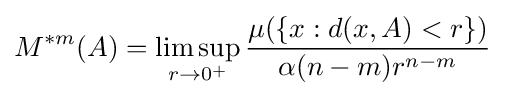
M^{*m}(A)=\limsup _{r\to 0^{+}}{\frac {\mu (\{x:d(x,A)<r\})}{\alpha (n-m)r^{n-m}}}